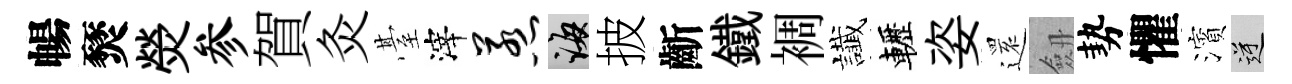
暢燹熒参賀灸䑓滓惹誨披齗鐵裯䜟轣姿𮟃劔勢懼濱逆